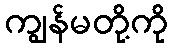
ကျွန်မတို့ကို